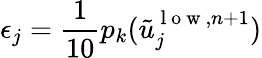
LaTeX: \epsilon_{j}=\frac{1}{10}p_{k}(\tilde{u}_{j}^{\mathrm{~l~o~w~},n+1})